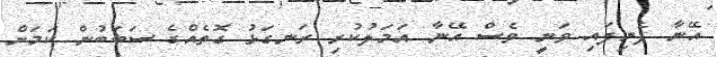
އޭނާ ފެނިފައި ވަނީ ވެސް އޭނާ އަމަލުކުރި ރަނގަޅު ގޮތެއްގެ ސަބަބުން ކަމަށް